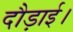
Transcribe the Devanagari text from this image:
दौड़ाई।